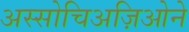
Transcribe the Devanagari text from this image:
अस्सोचिअज़िओने